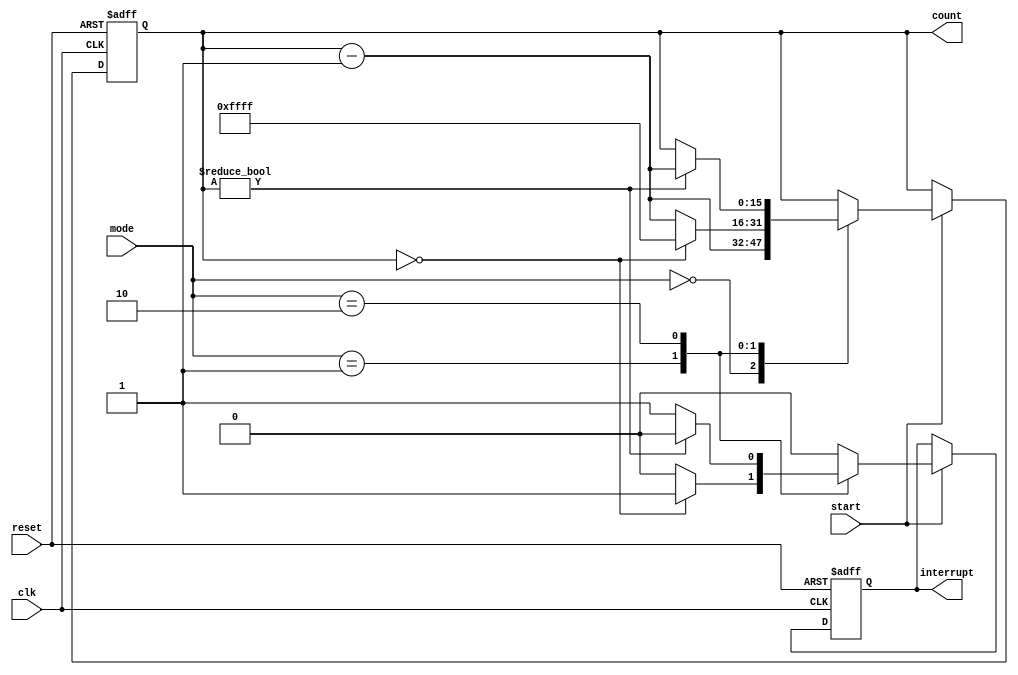
module down_counter (
    input wire clk,          // 
    input wire reset,        // 
    input wire [1:0] mode,   // 00-Free running01-Cyclic10-Single
    input wire start,        // 
    output reg [15:0] count, // 
    output reg interrupt     // 
);

    // 
    parameter FREE_RUNNING = 2'b00;
    parameter CYCLIC = 2'b01;
    parameter SINGLE = 2'b10;

    // 
    reg [15:0] initial_value = 16'hFFFF;

    // 
    always @(posedge clk or posedge reset) begin
        if (reset) begin
            count <= initial_value;
            interrupt <= 0;
        end else if (start) begin
            case (mode)
                FREE_RUNNING: begin
                    count <= count - 1;
                    interrupt <= 0;
                end
                CYCLIC: begin
                    if (count == 0) begin
                        count <= initial_value;
                        interrupt <= 1;
                    end else begin
                        count <= count - 1;
                        interrupt <= 0;
                    end
                end
                SINGLE: begin
                    if (count != 0) begin
                        count <= count - 1;
                        interrupt <= 0;
                    end else begin
                        interrupt <= 1;
                    end
                end
                default: begin
                    count <= count;
                    interrupt <= 0;
                end
            endcase
        end
    end

endmodule